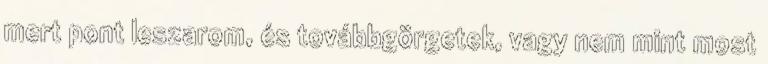
mert pont leszarom, és továbbgörgetek, vagy nem mint most